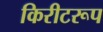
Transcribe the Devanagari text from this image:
किरीटरूप